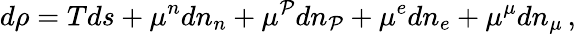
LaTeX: d\rho=Tds+\mu^{n}dn_{n}+\mu^{\mathcal{P}}dn_{\mathcal{P}}+\mu^{e}dn_{e}+\mu^{\mu}dn_{\mu}\, ,